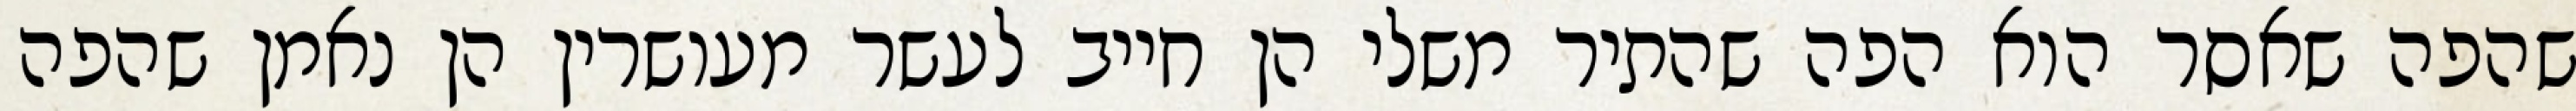
שהפה שאסר הוא הפה שהתיר משלי הן חייב לעשר מעושרין הן נאמן שהפה